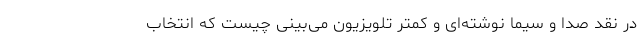
در نقد صدا و سیما نوشته‌ای و کمتر تلویزیون می‌بینی چیست که انتخاب